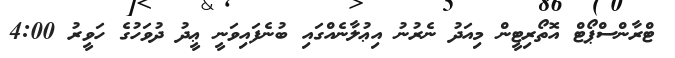
ޓްރާންސްޕޯޓް އޮތޯރިޓީން މިއަދު ނެރުނު އިޢުލާނެއްގައި ބުނެފައިވަނީ ޢީދު ދުވަހުގެ ހަވީރު 4:00